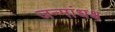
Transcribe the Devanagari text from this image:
जन्मांधश्च